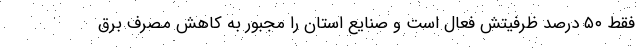
فقط ۵۰ درصد ظرفیتش فعال است و صنایع استان را مجبور به کاهش مصرف برق